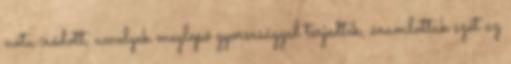
nóta íródott, amelyek meglepő gyorsasággal terjedtek, áramlottak szét az